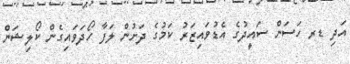
އަދި ޑރ ހަސަން ސައީދުގެ އެޑުވައިޒަރު ކަމުގެ ދަށުން ލަފާ ހޯދަވައިގެން ކޯލިޝަން